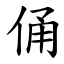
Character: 俑